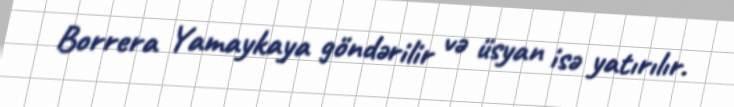
Borrera Yamaykaya göndərilir və üsyan isə yatırılır.